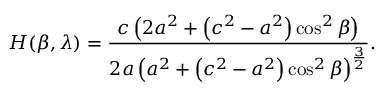
H ( \beta , \lambda ) = { \frac { c \left( 2 a ^ { 2 } + \left( c ^ { 2 } - a ^ { 2 } \right) \cos ^ { 2 } \beta \right) } { 2 a \left( a ^ { 2 } + \left( c ^ { 2 } - a ^ { 2 } \right) \cos ^ { 2 } \beta \right) ^ { \frac { 3 } { 2 } } } } . \,